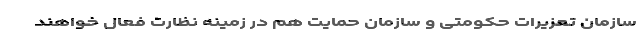
سازمان تعزیرات حکومتی و سازمان حمایت هم در زمینه نظارت فعال خواهند